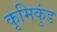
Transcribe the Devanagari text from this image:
कृमिकुंड